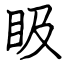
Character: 𥄫